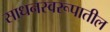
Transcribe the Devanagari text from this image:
साधनस्वरूपातील